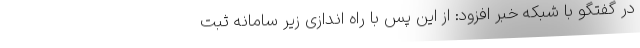
در گفتگو با شبکه خبر افزود: از این پس با راه اندازی زیر سامانه ثبت